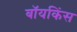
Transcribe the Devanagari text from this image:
बॉयकिंस